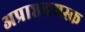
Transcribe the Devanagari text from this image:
अप्राप्तवयस्क